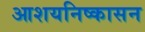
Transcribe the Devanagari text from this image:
आशयनिष्कासन